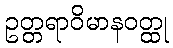
ဥတ္တရာဝိမာနဝတ္ထု